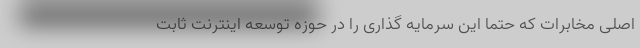
اصلی مخابرات که حتماً این سرمایه گذاری را در حوزه توسعه اینترنت ثابت